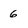
Character: 6